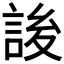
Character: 𰴷